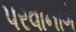
પરવાનગિ